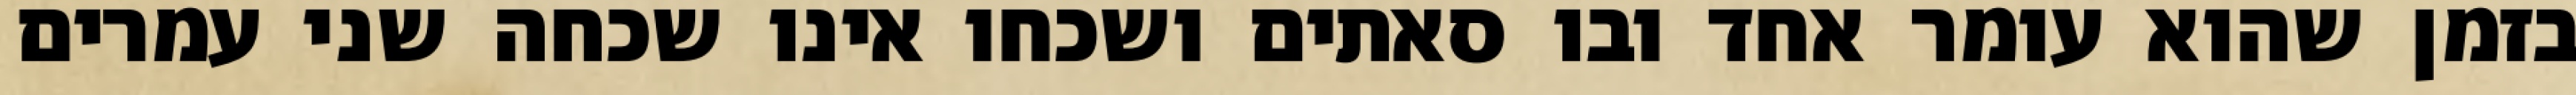
בזמן שהוא עומר אחד ובו סאתים ושכחו אינו שכחה שני עמרים